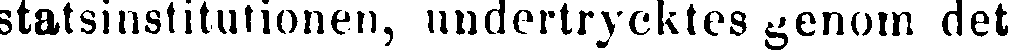
statsinstitutionen, undertrycktes genom det